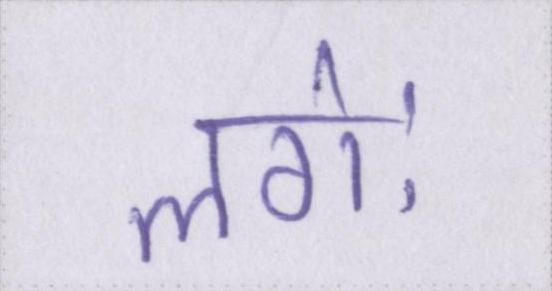
लगेः